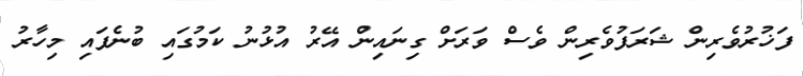
ފަޚުރުވެރިން ޝަރަފުވެރިން ވެސް ވަރަށް ގިނައިން އޭރު އުޅުނު ކަމުގައި ބުނެފައި މިހާރު